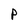
Character: P